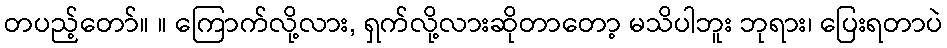
တပည့်တော်။ ။ ကြောက်လို့လား, ရှက်လို့လားဆိုတာတော့ မသိပါဘူး ဘုရား၊ ပြေးရတာပဲ